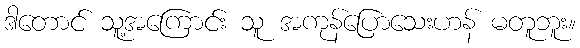
ဒါတောင် သူ့အကြောင်း သူ အကုန်ပြောသေးဟန် မတူဘူး။